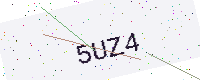
Text: 5UZ4